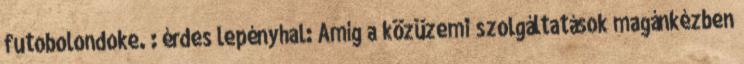
futobolondoke. : érdes lepényhal: Amíg a közüzemi szolgáltatások magánkézben